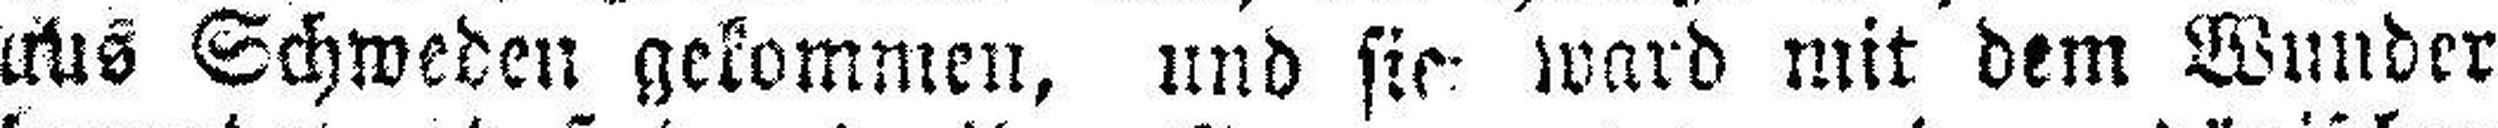
uUs Schweden gekommen, und sie- ward mit dem Wunder